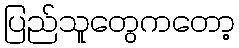
ပြည်သူတွေကတော့